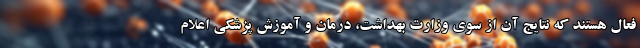
فعال هستند که نتایج آن از سوی وزارت بهداشت، درمان و آموزش پزشکی اعلام